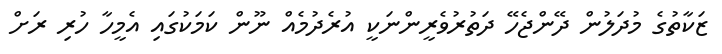
ޒަކާތުގެ މުދަލުން ދޭންޖެހޭ ދަތުރުވެރީންނަކީ އުރެދުމެއް ނޫން ކަމަކުގައި އެމީހާ ހުރި ރަށް